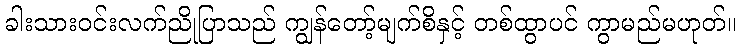
ခါးသားဝင်းလက်ညိုပြာသည် ကျွန်တော့်မျက်စိနှင့် တစ်ထွာပင် ကွာမည်မဟုတ်။